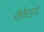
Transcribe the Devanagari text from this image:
कोब्डन